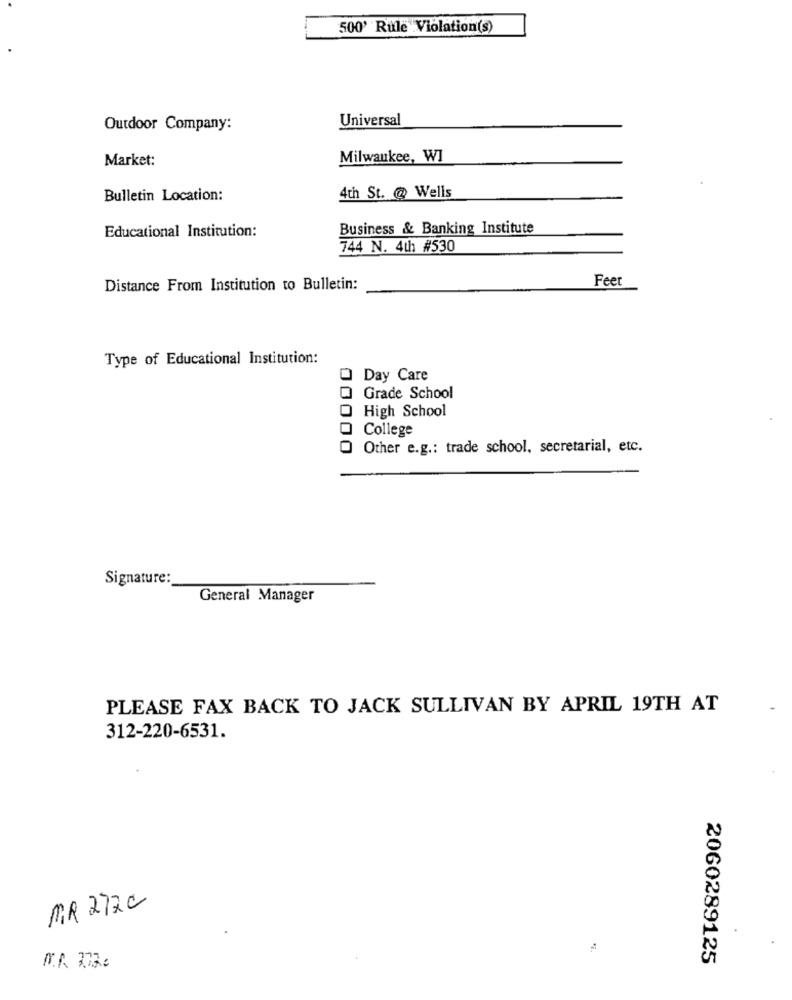
500' Rule Violation(s)
Universal
Outdoor Company:
Market:
Milwaukee, W]
Bulletin Location:
4th St. @ Wells
Business & Banking Institute
Educational Institution:
744 N. 4th #530
Feet
Distance From Institution to Bulletin:
Type of Educational Institution:
O Day Care
Grade School
High School
College
Other e.g .: trade school, secretarial, etc.
Signature:
General Manager
PLEASE FAX BACK TO JACK SULLIVAN BY APRIL 19TH AT
312-220-6531.
MR 272C
2060289125
M.R. 377.